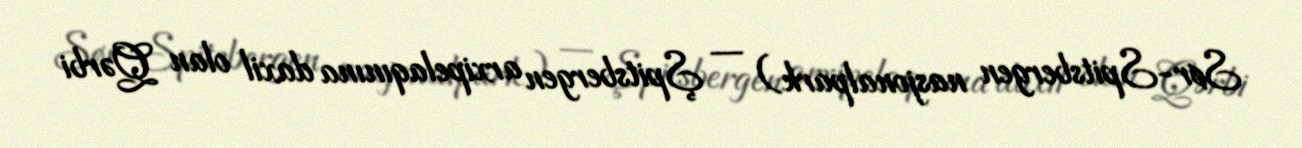
Sør-Spitsbergen nasjonalpark) — Şpitsbergen arxipelaqınına daxil olan Qərbi